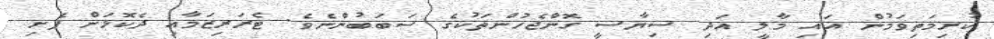
ކުރިމަތިވަމުން އައި މާލީ އަދި ސިޔާސީ ގޮންޖެހުންތަކުގެ ސަބަބުންނެވެ. ޓެރަރިޒަމާއި ދެކޮޅަށް ފެށި